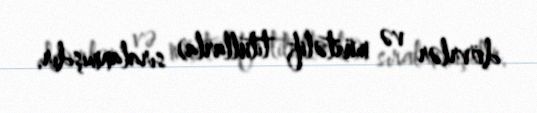
dövrlər və müxtəlif titullarla) sıralanmışdır.